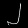
Digit: ၂